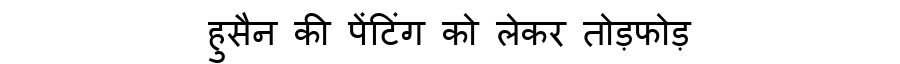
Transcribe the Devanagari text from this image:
हुसैन की पेंटिंग को लेकर तोड़फोड़